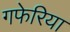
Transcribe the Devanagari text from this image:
गफेरिया